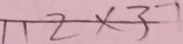
1 1 2 \times 3 7